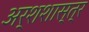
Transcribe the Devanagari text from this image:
अर्शशास्त्र